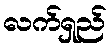
လက်ရှည်